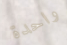
واحدة